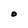
Character: O